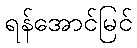
ရန်အောင်မြင်